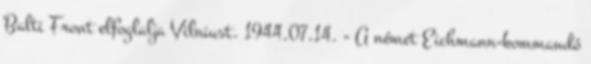
Balti Front elfoglalja Vilniust. 1944.07.14. - A német Eichmann-kommandó